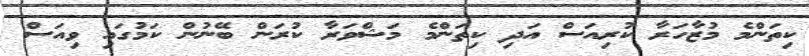
ކިތަންމެ މުޒާހަރާ ކުރިއަސް އަދި ކިތަންމެ މަޝްވަރާ ކުރަން ބޭނުން ކަމުގައި ވިއަސް